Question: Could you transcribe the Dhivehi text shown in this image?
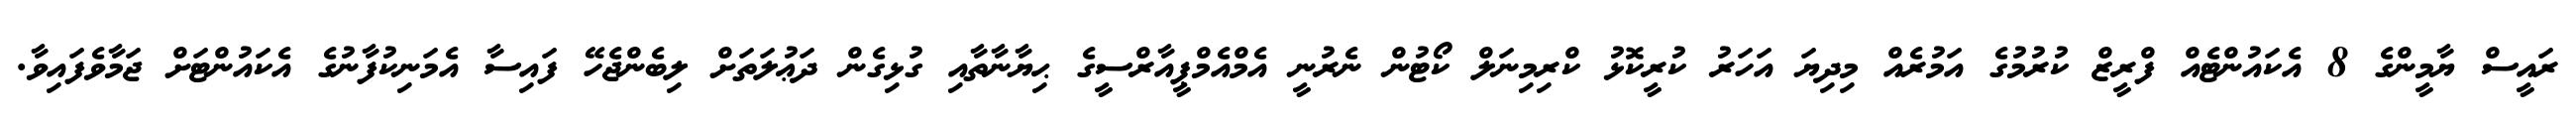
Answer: ރައީސް ޔާމީންގެ 8 އެކައުންޓެއް ފްރީޒް ކުރުމުގެ އަމުރެއް މިދިޔަ އަހަރު ކުރީކޮޅު ކްރިމިނަލް ކޯޓުން ނެރުނީ އެމްއެމްޕީއާރްސީގެ ޙިޔާނާތާއި ގުޅިގެން ދަޢުލަތަށް ލިބެންޖެހޭ ފައިސާ އެމަނިކުފާނުގެ އެކައުންޓަށް ޖަމާވެފައިވާ.